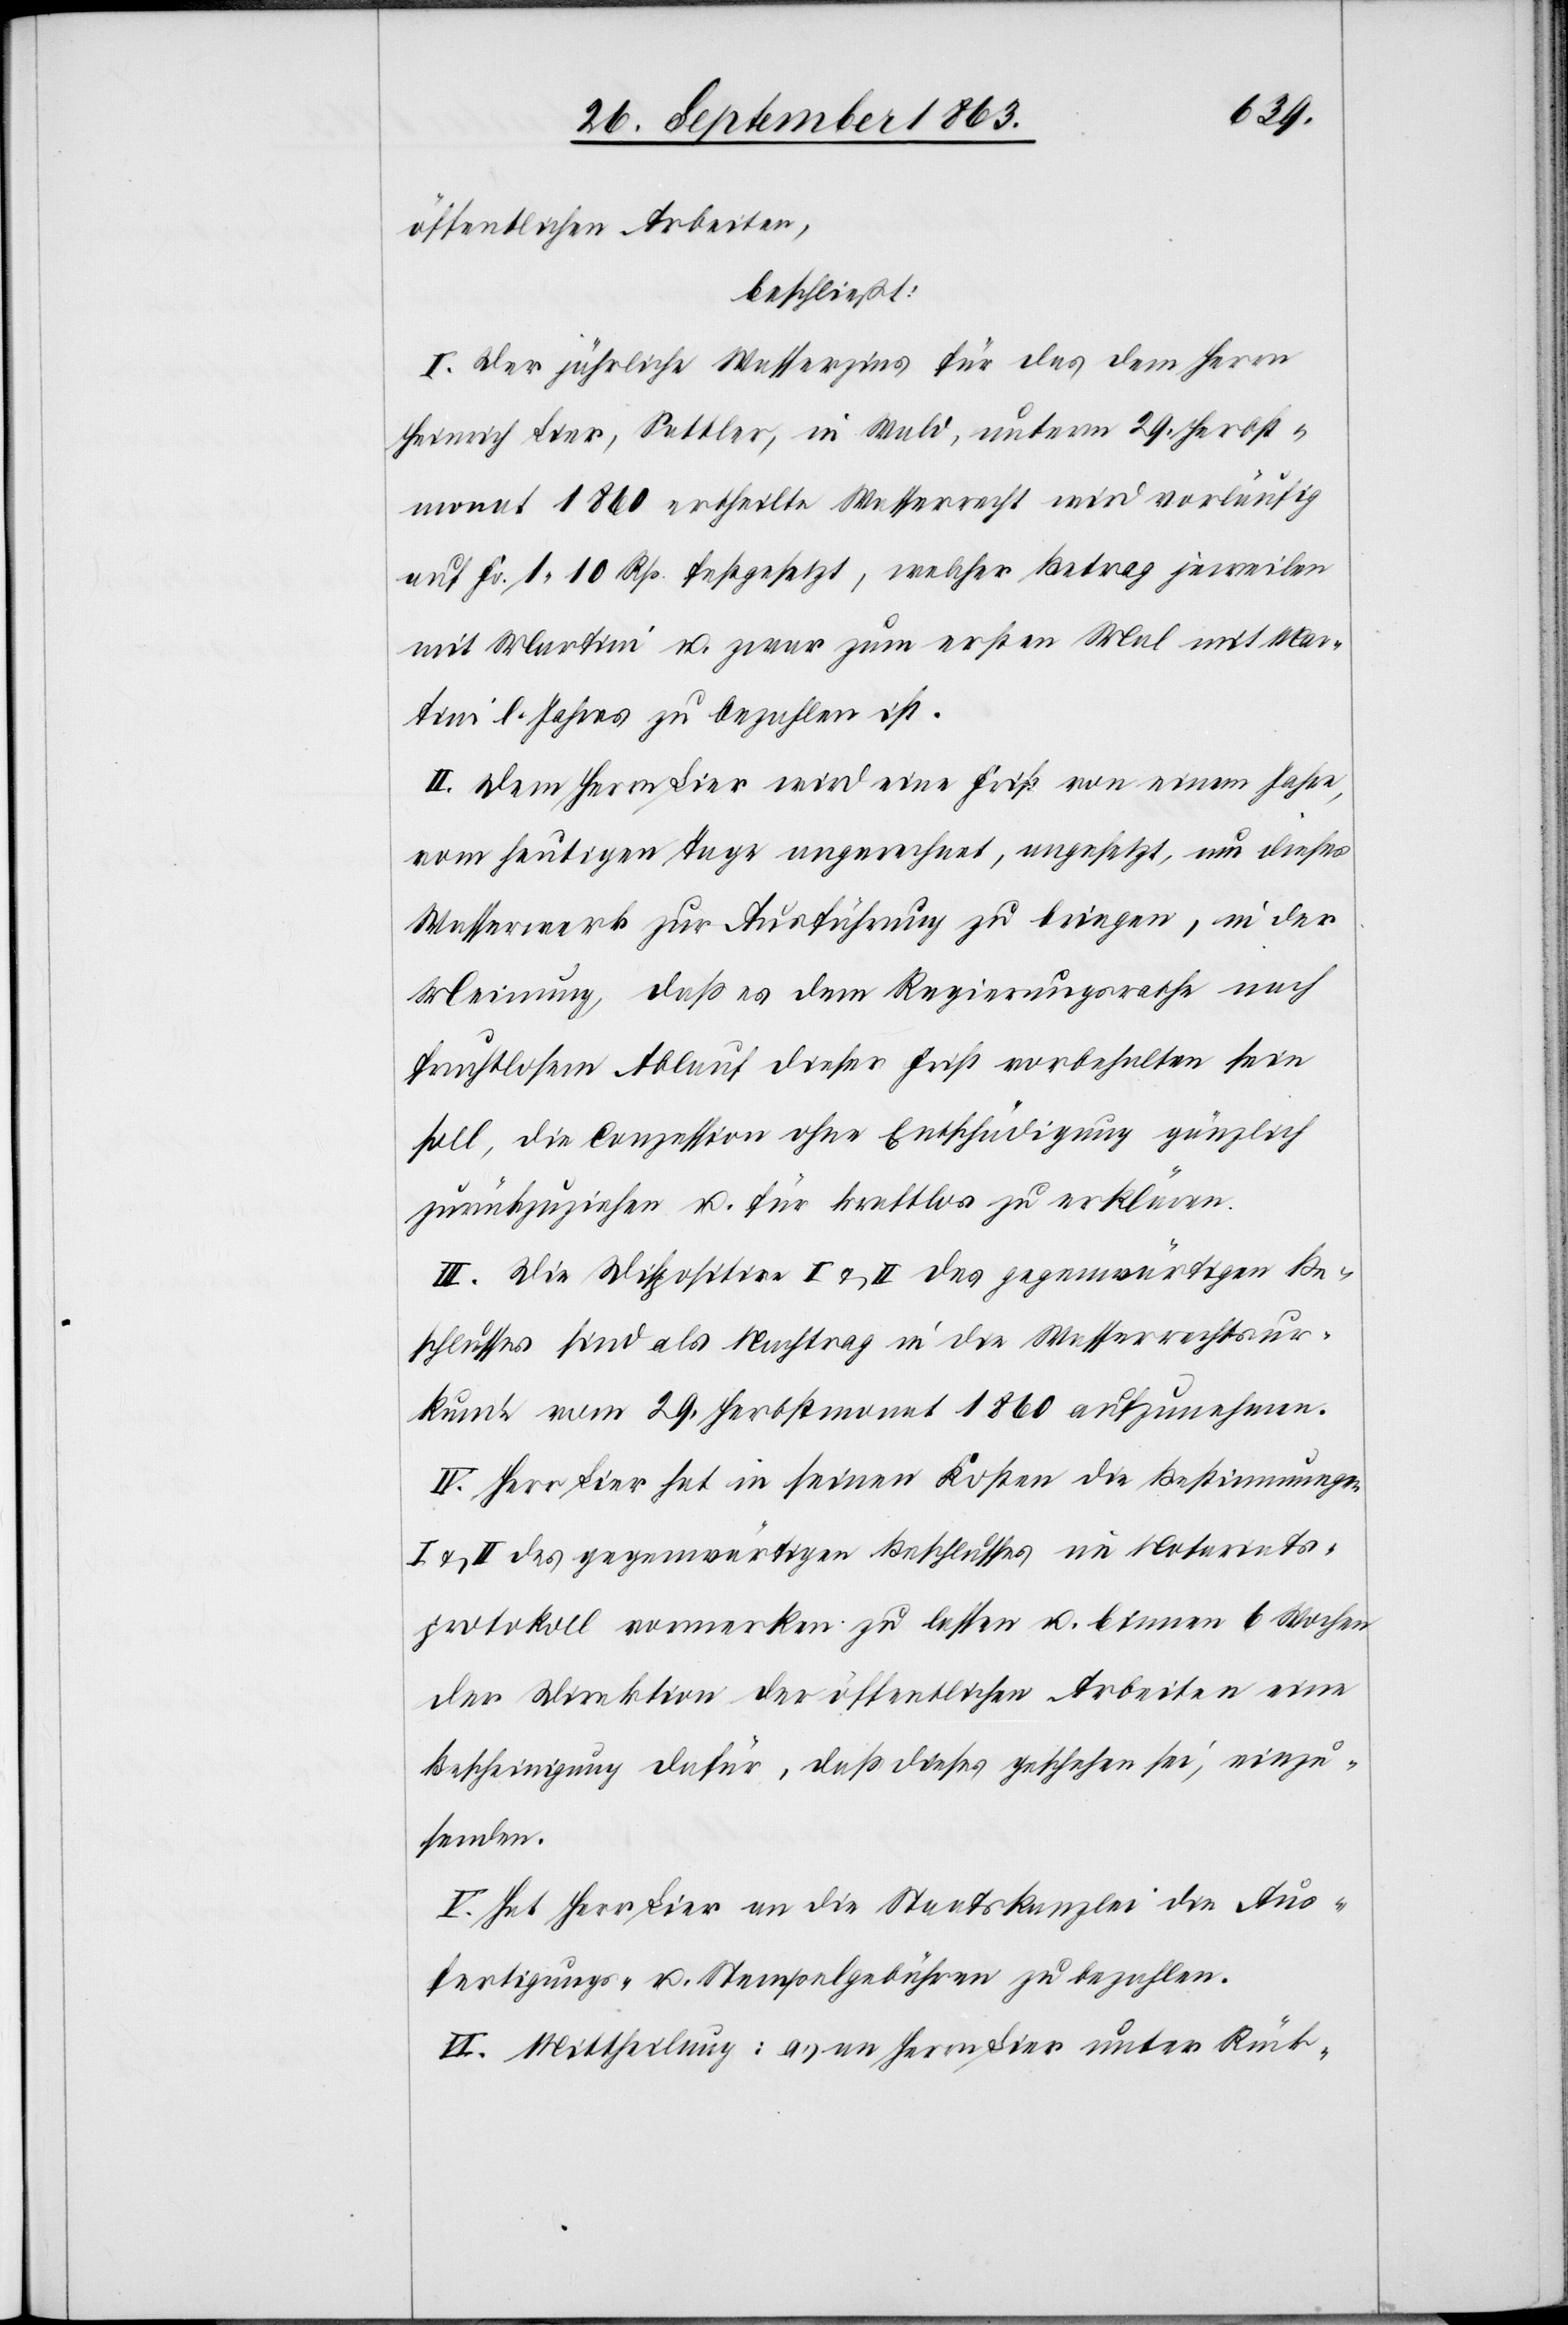
öffentlichen Arbeiten,
beschließt:
I. Der jährliche Wasserzins für das dem Herrn
Heinrich Lier, Sattler, in Wald, unterm 29. Herbst¬
monat 1860 ertheilte Wasserrecht wird vorläufig
auf Fr. 1. 10 Rp. festgesetzt, welcher Betrag jeweilen
mit Martini u. zwar zum ersten Mal mit Mar¬
tini l. Jahres zu bezahlen ist.
II. Dem Herrn Lier wird eine Frist von einem Jahre,
vom heutigen Tage angerechnet, angesetzt, um dieses
Wasserwerk zur Ausführung zu bringen, in der
Meinung, daß es dem Regierungsrathe nach
fruchtlosem Ablauf dieser Frist vorbehalten sein
soll, die Conzession ohne Entschädigung gänzlich
zurückzuziehen u. für kraftlos zu erklären.
III. Die Dispositive I & II des gegenwärtigen Be¬
schlusses sind als Nachtrag in die Wasserrechtsur¬
kunde vom 29. Herbstmonat 1860 aufzunehmen.
IV. Herr Lier hat in seinen Kosten die Bestimmungen
I & II des gegenwärtigen Beschlusses im Notariats¬
protokoll vormerken zu lassen u. binnen 6 Wochen
der Direktion der öffentlichen Arbeiten eine
Bescheinigung dafür, daß dieses geschehen sei, einzu¬
senden.
V. Hat Herr Lier an die Staatskanzlei die Aus¬
fertigungs- u. Stempelgebühren zu bezahlen.
VI. Mittheilung: a.) an Herrn Lier unter Rück-